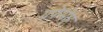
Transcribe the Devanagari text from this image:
ग्रफेमेस्